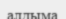
алдыма